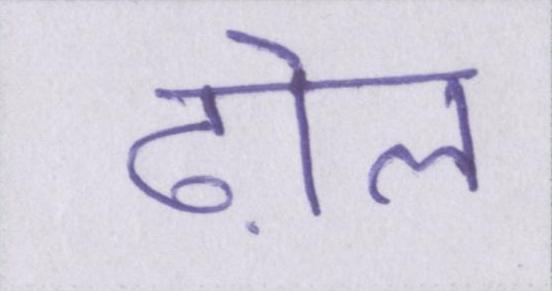
ढ़ोल